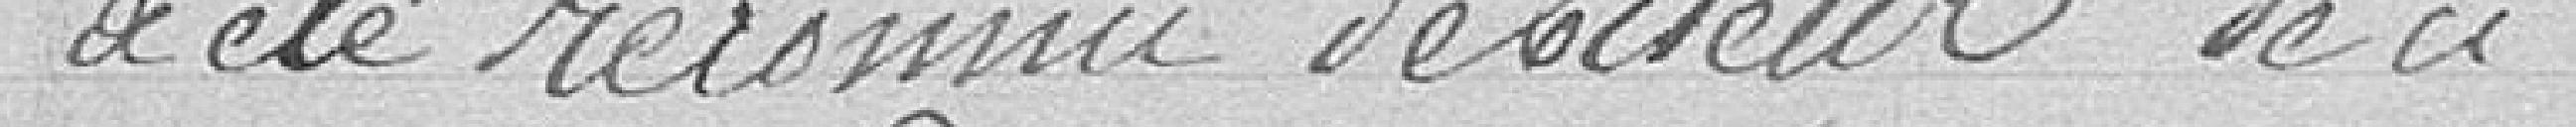
a été reconnu débiteur de